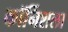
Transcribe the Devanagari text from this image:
कॉर्निशला